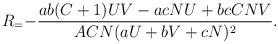
LaTeX: \begin{align*}R_={-\frac{ab(C+1)UV-acNU+bcCNV}{ACN(aU+bV+cN)^2}}.\end{align*}